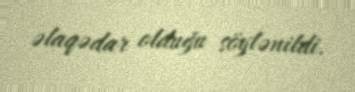
əlaqədar olduğu söylənildi.